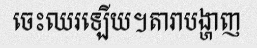
ចេះឈរឡើយ។តារាបង្ហាញ